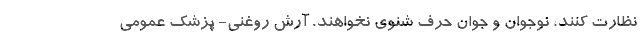
نظارت کنند، نوجوان و جوان حرف شنوی نخواهند. آرش روغنی- پزشک عمومی